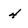
Character: 4